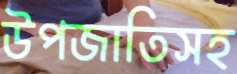
উপজাতিসহ